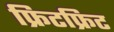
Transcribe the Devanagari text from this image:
फ्रिटफ्रिट